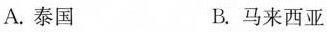
A.泰国 B.马来西亚